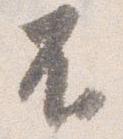
不